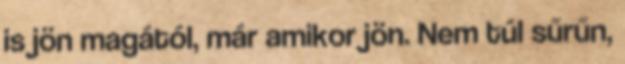
is jön magától, már amikor jön. Nem túl sűrűn,